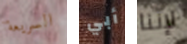
السريعة أبي لإننا